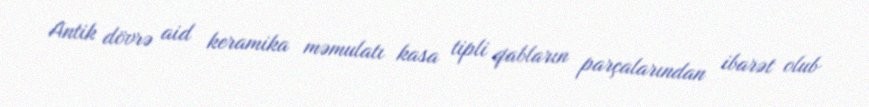
Antik dövrə aid keramika məmulatı kasa tipli qabların parçalarından ibarət olub